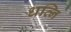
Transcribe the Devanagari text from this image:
धव्नि